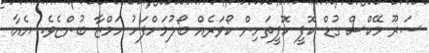
ސަރޫ މޭކްސް ގުޑް ކޮފީ ކޮފީތަަށިން ކޯވަރެއް ބޯލުމަށްފަހު ހަމްޒާ ބުންޏެވެ. ޔެއާ.